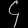
Digit: ၄